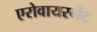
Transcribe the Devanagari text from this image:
एरोवायरमेंट